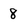
Character: 8